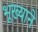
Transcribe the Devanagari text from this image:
भूख्याने